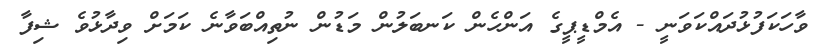
ވާހަކަފުޅުދައްކަވަނީ - އެމްޑީޕީގެ އަންހެން ކަނބަލުން މަޑުން ނުތިއްބަވާނެ ކަމަށް ވިދާޅުވެ ޝިފާ